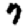
Digit: 7